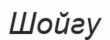
Шойгу